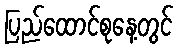
ပြည်ထောင်စုနေ့တွင်